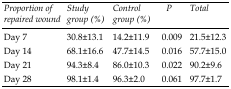
<table><thead><tr><td><b>Proportion of repaired wound</b></td><td><b>Study group (%)</b></td><td><b>Control group (%)</b></td><td><b>P</b></td><td><b>Total</b></td></tr></thead><tbody><tr><td>Day 7</td><td>30.8±13.1</td><td>14.2±11.9</td><td>0.009</td><td>21.5±12.3</td></tr><tr><td>Day 14</td><td>68.1±16.6</td><td>47.7±14.5</td><td>0.016</td><td>57.7±15.0</td></tr><tr><td>Day 21</td><td>94.3±8.4</td><td>86.0±10.3</td><td>0.022</td><td>90.2±9.6</td></tr><tr><td>Day 28</td><td>98.1±1.4</td><td>96.3±2.0</td><td>0.061</td><td>97.7±1.7</td></tr></tbody></table>